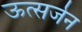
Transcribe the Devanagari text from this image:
ऊत्सर्जन